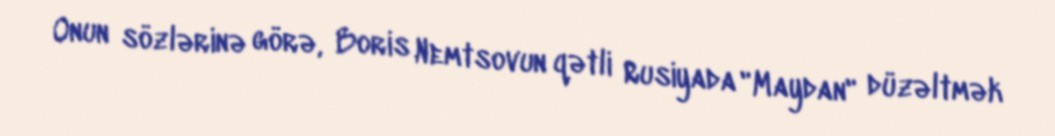
Onun sözlərinə görə, Boris Nemtsovun qətli Rusiyada "Maydan" düzəltmək